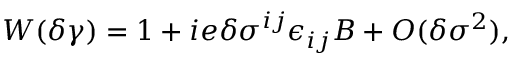
W ( \delta \gamma ) = 1 + i e \delta \sigma ^ { i j } \epsilon _ { i j } B + O ( \delta \sigma ^ { 2 } ) ,